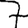
Digit: 7